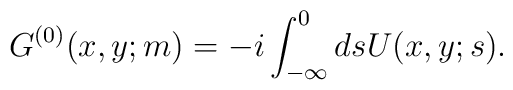
G^{(0)}(x,y;m)=-i\int^{0}_{-\infty} ds U(x,y;s).